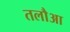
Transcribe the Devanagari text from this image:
तलौआ